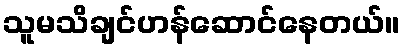
သူမသိချင်ဟန်ဆောင်နေတယ်။